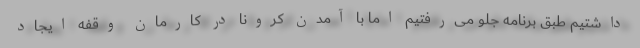
داشتیم طبق برنامه جلو می‌رفتیم اما با آمدن کرونا در کارمان وقفه ایجاد